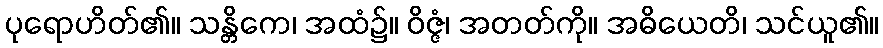
ပုရောဟိတ်၏။ သန္တိကေ၊ အထံ၌။ ဝိဇ္ဇံ၊ အတတ်ကို။ အဓိယေတိ၊ သင်ယူ၏။